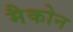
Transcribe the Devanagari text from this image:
मैकोन